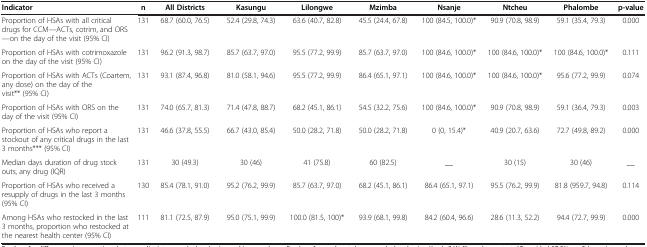
<table><thead><tr><td><b>Indicator</b></td><td><b>n</b></td><td><b>All Districts</b></td><td><b>Kasungu</b></td><td><b>Lilongwe</b></td><td><b>Mzimba</b></td><td><b>Nsanje</b></td><td><b>Ntcheu</b></td><td><b>Phalombe</b></td><td><b>p-value</b></td></tr></thead><tbody><tr><td>Proportion of HSAs with all critical drugs for CCM—ACTs, cotrim, and ORS—on the day of the visit (95% CI)</td><td>131</td><td>68.7 (60.0, 76.5)</td><td>52.4 (29.8, 74.3)</td><td>63.6 (40.7, 82.8)</td><td>45.5 (24.4, 67.8)</td><td>100 (84.5, 100.0)*</td><td>90.9 (70.8, 98.9)</td><td>59.1 (35.4, 79.3)</td><td>0.000</td></tr><tr><td>Proportion of HSAs with cotrimoxazole on the day of the visit (95% CI)</td><td>131</td><td>96.2 (91.3, 98.7)</td><td>85.7 (63.7, 97.0)</td><td>95.5 (77.2, 99.9)</td><td>85.7 (63.7, 97.0)</td><td>100 (84.6, 100.0)*</td><td>100 (84.6, 100.0)*</td><td>100 (84.6, 100.0)*</td><td>0.111</td></tr><tr><td>Proportion of HSAs with ACTs (Coartem, any dose) on the day of the visit** (95% CI)</td><td>131</td><td>93.1 (87.4, 96.8)</td><td>81.0 (58.1, 94.6)</td><td>95.5 (77.2, 99.9)</td><td>86.4 (65.1, 97.1)</td><td>100 (84.6, 100.0)*</td><td>100 (84.6, 100.0)*</td><td>95.6 (77.2, 99.9)</td><td>0.074</td></tr><tr><td>Proportion of HSAs with ORS on the day of the visit (95% CI)</td><td>131</td><td>74.0 (65.7, 81.3)</td><td>71.4 (47.8, 88.7)</td><td>68.2 (45.1, 86.1)</td><td>54.5 (32.2, 75.6)</td><td>100 (84.6, 100.0)*</td><td>90.9 (70.8, 98.9)</td><td>59.1 (36.4, 79.3)</td><td>0.003</td></tr><tr><td>Proportion of HSAs who report a stockout of any critical drugs in the last 3 months*** (95% CI)</td><td>131</td><td>46.6 (37.8, 55.5)</td><td>66.7 (43.0, 85.4)</td><td>50.0 (28.2, 71.8)</td><td>50.0 (28.2, 71.8)</td><td>0 (0, 15.4)*</td><td>40.9 (20.7, 63.6)</td><td>72.7 (49.8, 89.2)</td><td>0.000</td></tr><tr><td>Median days duration of drug stock outs, any drug (IQR)</td><td>131</td><td>30 (49.3)</td><td>30 (46)</td><td>41 (75.8)</td><td>60 (82.5)</td><td>__</td><td>30 (15)</td><td>30 (46)</td><td>__</td></tr><tr><td>Proportion of HSAs who received a resupply of drugs in the last 3 months (95% CI)</td><td>130</td><td>85.4 (78.1, 91.0)</td><td>95.2 (76.2, 99.9)</td><td>85.7 (63.7, 97.0)</td><td>68.2 (45.1, 86.1)</td><td>86.4 (65.1, 97.1)</td><td>95.5 (76.2, 99.9)</td><td>81.8 (959.7, 94.8)</td><td>0.114</td></tr><tr><td>Among HSAs who restocked in the last 3 months, proportion who restocked at the nearest health center (95% CI)</td><td>111</td><td>81.1 (72.5, 87.9)</td><td>95.0 (75.1, 99.9)</td><td>100.0 (81.5, 100)*</td><td>93.9 (68.1, 99.8)</td><td>84.2 (60.4, 96.6)</td><td>28.6 (11.3, 52.2)</td><td>94.4 (72.7, 99.9)</td><td>0.000</td></tr></tbody></table>